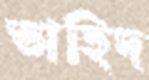
তাহিদ